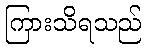
ကြားသိရသည်